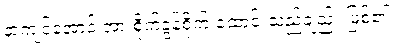
နာကျင်အောင် အားစိုက်ခွန်စိုက် ထောင်းသည်ချည်း ဖြစ်၏။